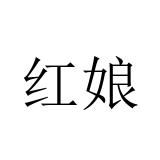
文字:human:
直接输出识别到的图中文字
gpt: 红娘